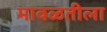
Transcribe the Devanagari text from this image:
मावळतीला